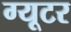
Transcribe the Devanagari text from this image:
ग्यूटर